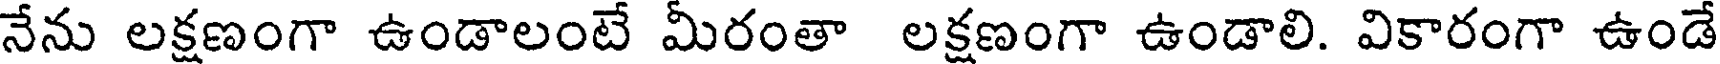
నేను లక్షణంగా ఉండాలంటే మీరంతా లక్షణంగా ఉండాలి. వికారంగా ఉండే